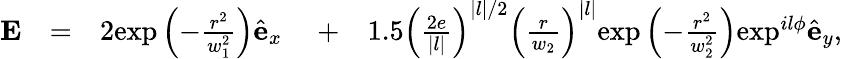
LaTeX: \begin{array}{rlrlr}{\mathbf{E}}&{=}&{2\mathrm{exp}\left(-\frac{r^{2}}{w_{1}^{2}}\right)\hat{\mathbf{e}}_{x}\ }&{+}&{1.5\left(\frac{2e}{|l|}\right)^{|l|/2}\left(\frac{r}{w_{2}}\right)^{|l|}\mathrm{exp}\left(-\frac{r^{2}}{w_{2}^{2}}\right)\mathrm{exp}^{il\phi}\hat{\mathbf{e}}_{y},}\end{array}